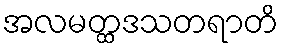
အလမတ္ထဒသတရာတိ